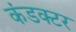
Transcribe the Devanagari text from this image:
कंडक्‍टर